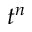
t ^ { n }